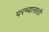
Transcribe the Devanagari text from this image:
परम्यासाठी